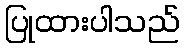
ပြုထားပါသည်